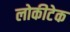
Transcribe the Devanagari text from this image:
लोकीटेक